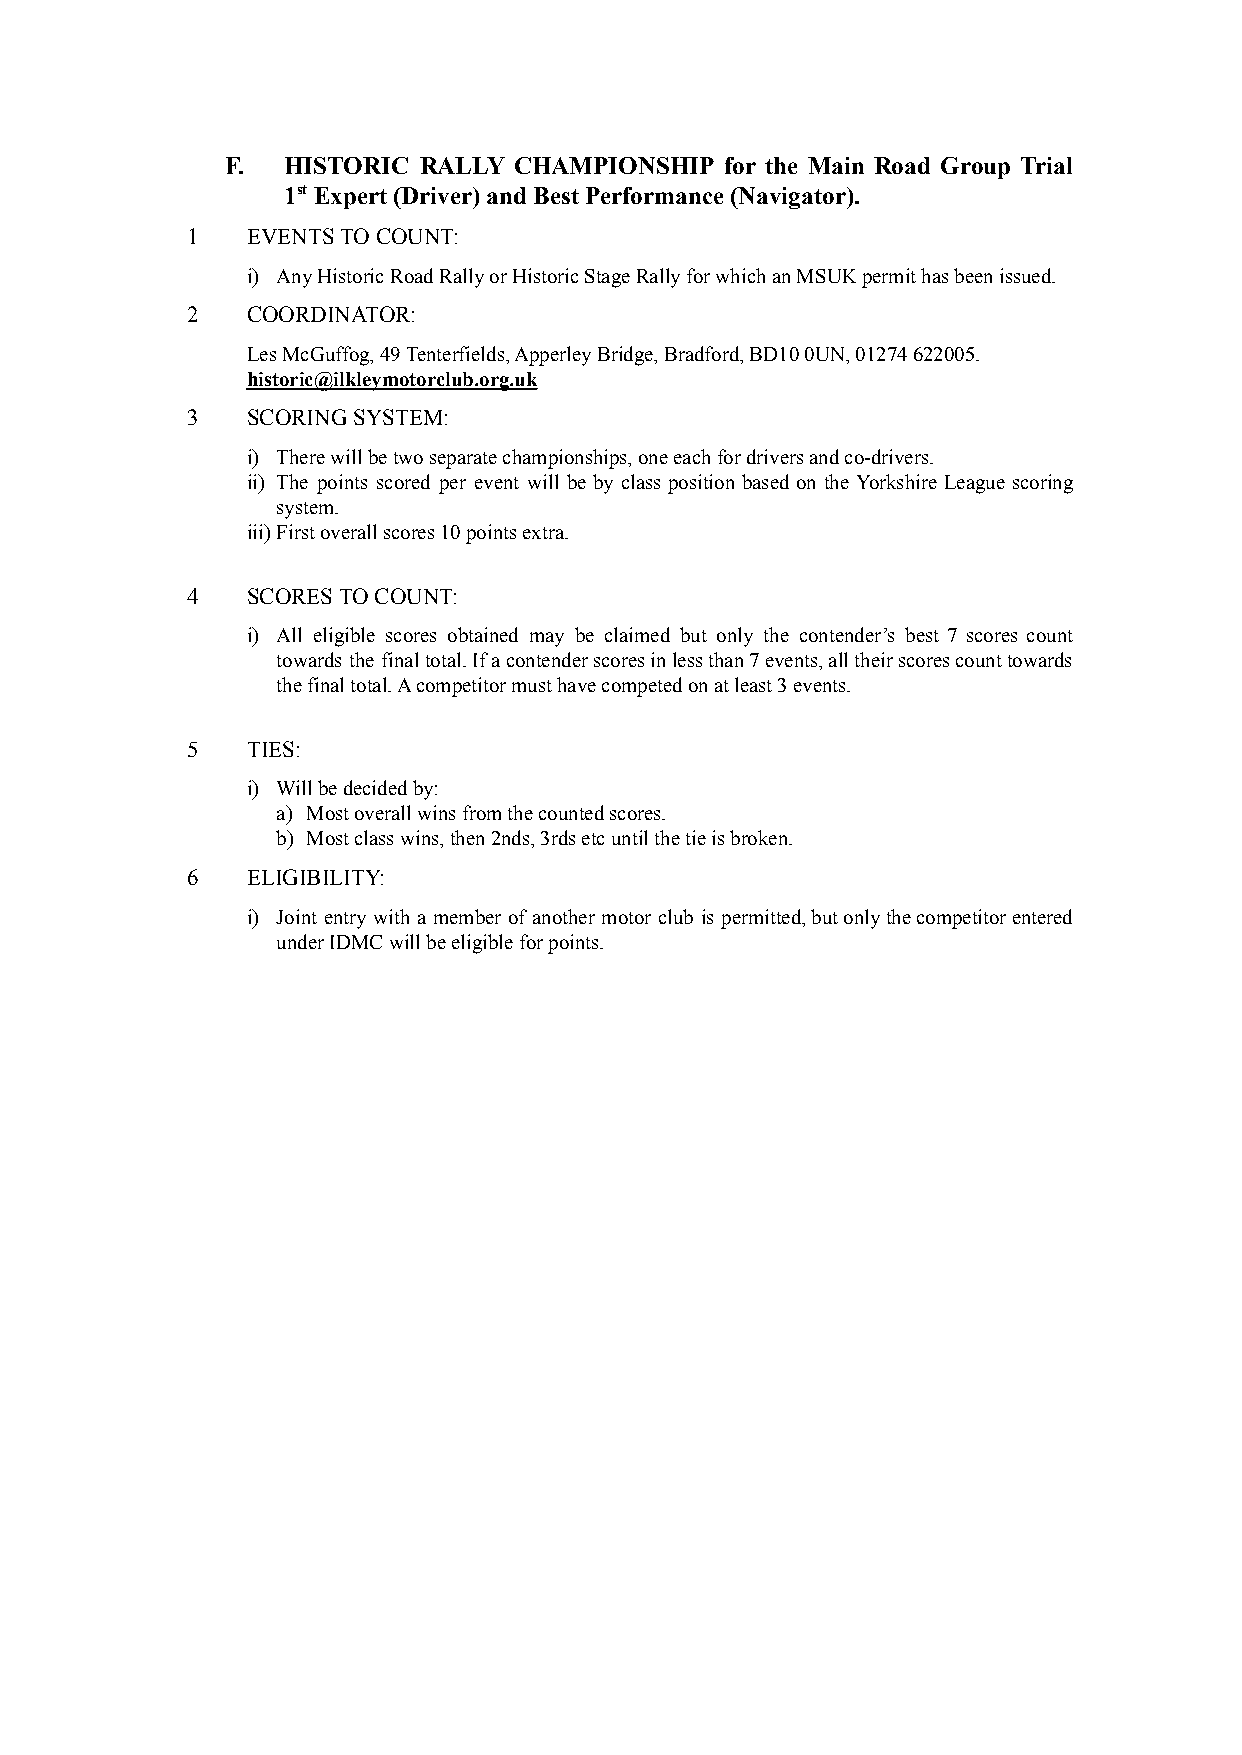
F.  HISTORIC RALLY CHAMPIONSHIP  for the Main Road Group Trial
 1stExpert (Driver) and Best Performance (Navigator).
 1   EVENTS TO COUNT:
 i) Any Historic Road Rally or Historic Stage Rally for which an MSUK permit has been issued.
 2   COORDINATOR:
 Les McGuffog, 49 Tenterfields, Apperley Bridge, Bradford, BD10 0UN, 01274 622005.
 historic@ilkleymotorclub.org.uk
 3   SCORING SYSTEM:
 i) There will be two separate championships, one each for drivers and co-drivers.
 ii) The points scored per event will be by class position based on the Yorkshire League scoring
 system.
 iii)First overall scores 10 points extra.
 4   SCORES TO COUNT:
 i) All eligible scores obtained may be claimed but only the contender’s best 7 scores count
 towards the finaltotal.Ifacontenderscoresinlessthan7events,alltheirscorescounttowards
 the final total. A competitor must have competed on at least 3 events.
 5   TIES:
 i) Will be decided by:
 a) Most overall wins from the counted scores.
 b) Most class wins, then 2nds, 3rds etc until the tie is broken.
 6   ELIGIBILITY:
 i) Joint entry with a member of another motor club is permitted,butonlythecompetitorentered
 under IDMC will be eligible for points.